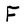
Character: F